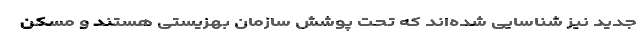
جدید نیز شناسایی شده‌اند که تحت پوشش سازمان بهزیستی هستند و مسکن